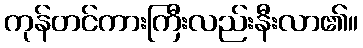
ကုန်တင်ကားကြီးလည်းနီးလာ၏။